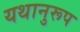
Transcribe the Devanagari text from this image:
यथानुरूप